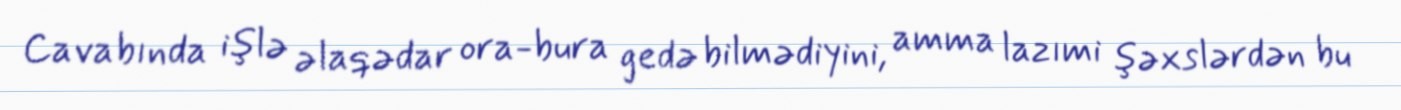
Cavabında işlə əlaqədar ora-bura gedə bilmədiyini, amma lazımi şəxslərdən bu